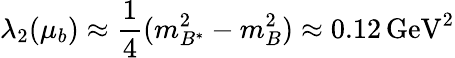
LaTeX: \lambda_{2}(\mu_{b})\approx\frac{1}{4}(m_{B^{*}}^{2}-m_{B}^{2})\approx 0.12\, \mathrm{GeV}^{2}